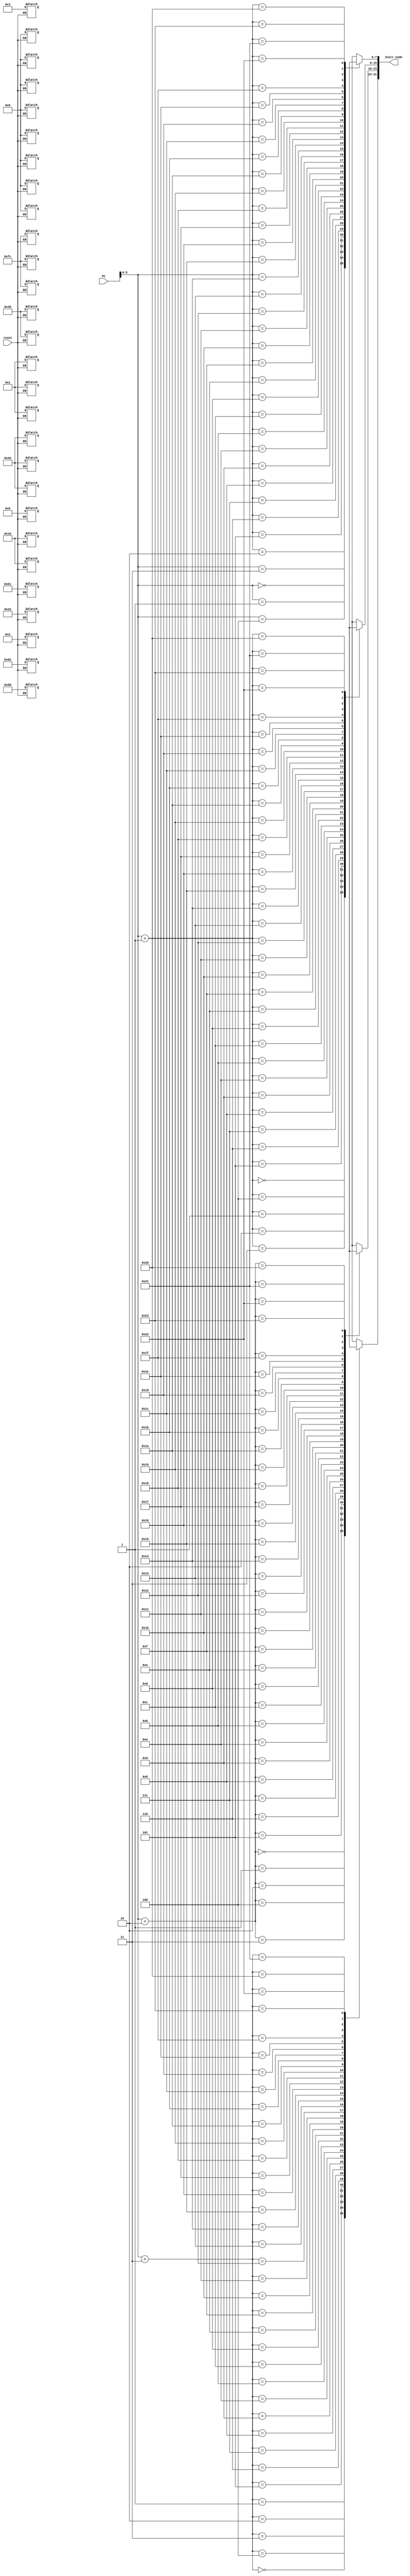
`timescale 1ns / 1ps
//////////////////////////////////////////////////////////////////////////////////
// Company: 
// Engineer: 
// 
// Design Name: 
// Module Name: Inst_Memory
// Project Name: 
// Target Devices: 
// Tool Versions: 
// Description: 
// 
// Dependencies: 
// 
// Revision:
// Revision 0.01 - File Created
// Additional Comments:
// 
//////////////////////////////////////////////////////////////////////////////////


module Inst_Memory(
    input [31:0]PC,
    input reset,
    output [31:0] Instr_Code
    );
    
    reg [7:0] Mem[35:0];
    
    assign Instr_Code = {Mem[PC+3], Mem[PC+2], Mem[PC+1], Mem[PC]};
    
    always @ (reset)
    begin
        if(reset == 0)
        begin
            Mem[3] = 8'hfc;
            Mem[2] = 8'h20;
            Mem[1] = 8'h00;
            Mem[0] = 8'h02;
            
            Mem[7] = 8'hfc;
            Mem[6] = 8'h00;
            Mem[5] = 8'h00;
            Mem[4] = 8'h03;
            
            Mem[11] = 8'hfc;
            Mem[10] = 8'h40;
            Mem[9] = 8'h00;
            Mem[8] = 8'h08;
            
            Mem[15] = 8'h00;
            Mem[14] = 8'h61;
            Mem[13] = 8'h10;
            Mem[12] = 8'h20;
            
            Mem[19] = 8'h00;
            Mem[18] = 8'h82;
            Mem[17] = 8'h00;
            Mem[16] = 8'h22;
            
            Mem[23] = 8'h01;
            Mem[22] = 8'h8d;
            Mem[21] = 8'h01;
            Mem[20] = 8'h40;
            
            Mem[27] = 8'h00;
            Mem[26] = 8'h01;
            Mem[25] = 8'h10;
            Mem[24] = 8'h20;
            
        end
    end
endmodule